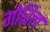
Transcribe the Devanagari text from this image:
गोरिल